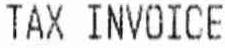
TAX INVOICE